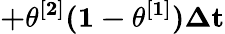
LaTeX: \mathbf{+\theta^{[2]}(1-\theta^{[1]})\Delta t}